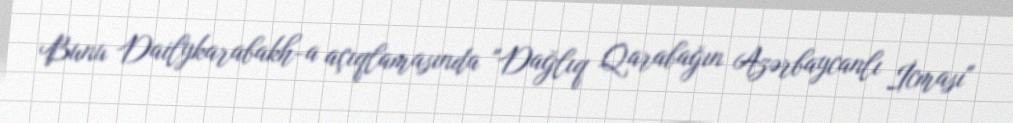
Bunu Dailykarabakh-a açıqlamasında "Dağlıq Qarabağın Azərbaycanlı İcması"